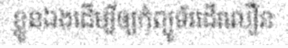
ខ្លួនឯងដើម្បីឲ្យកុំព្យូទ័រដើរលឿន